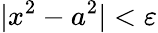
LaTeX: |x^{2}-a^{2}|<\varepsilon